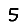
Digit: 5